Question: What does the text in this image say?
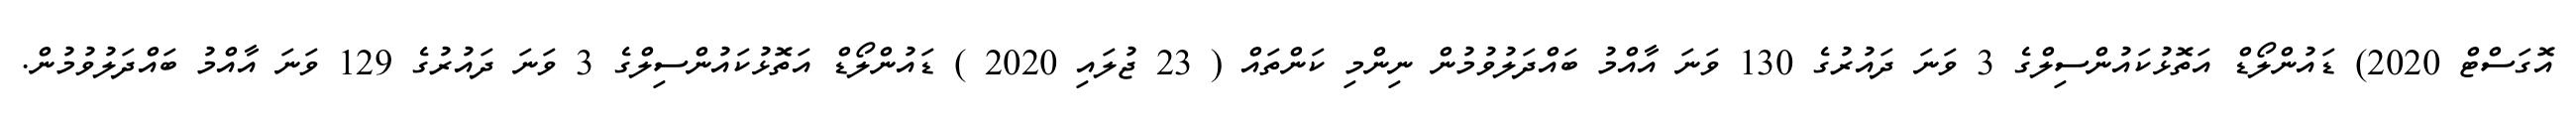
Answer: އޮގަސްޓް 2020) ޑައުންލޯޑް އަތޮޅުކައުންސިލްގެ 3 ވަނަ ދައުރުގެ 130 ވަނަ އާއްމު ބައްދަލުވުމުން ނިންމި ކަންތައް ( 23 ޖުލައި 2020 ) ޑައުންލޯޑް އަތޮޅުކައުންސިލްގެ 3 ވަނަ ދައުރުގެ 129 ވަނަ އާއްމު ބައްދަލުވުމުން.